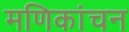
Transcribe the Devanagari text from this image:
मणिकांचन